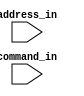
/////////////////////////////////////////////////////////////////////////////////////////
// Authors - Abhishek T Memane, Rahul Marathe, Shubham Lokhande
// L2_cache_commands.v - Commands to and from L2 Cache
//
/////////////////////////////////////////////////////////////////////////////////////////
module L2_cache_commands(
	// INPUTS
	input [25:0]  address_in,		// address in from L1
	input [1:0]   command_in		// command from L1 
   );
	
	  parameter Read_In     = 2'b01;     	  // Read in from L2 cache
	  parameter Write_Out   = 2'b10;     	  // Write to L2
	  parameter RWITM_In    = 2'b10;  		  // Read with intent to modify from L2
	  parameter NOP         = 2'b00;		  // No Operation

endmodule